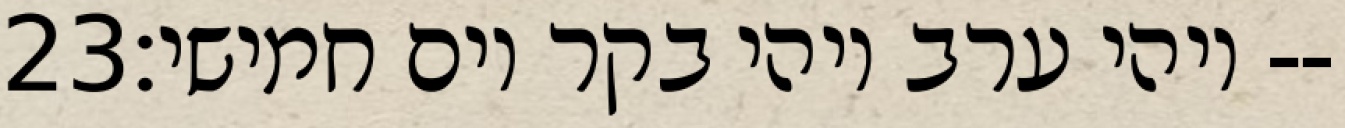
‎23‏ ויהי ערב ויהי בקר יום חמישי׃--